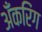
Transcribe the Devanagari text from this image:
अँकरिंग